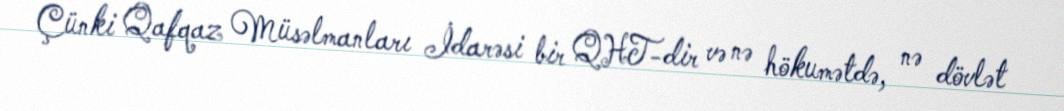
Çünki Qafqaz Müsəlmanları İdarəsi bir QHT-dir və nə hökumətdə, nə dövlət